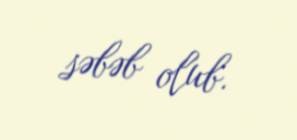
səbəb olub.